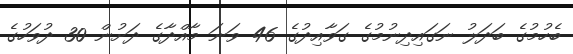
ބެހުމުގެ ބަދަލު ނަގައިދިނުމުގެ ގަވާއިދުގެ 46 ވަނަ މާއްދާގެ ދަށުން 30 ދުވަހުގެ